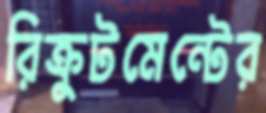
রিক্রুটমেন্টের